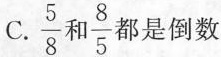
C. \frac{5}{8} 和 \frac{8}{5} 都是倒数